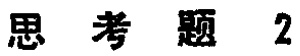
思考题 2